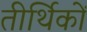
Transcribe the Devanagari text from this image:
तीर्थिकों